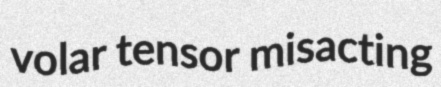
volar tensor misacting